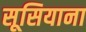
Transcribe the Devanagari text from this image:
सूसियाना